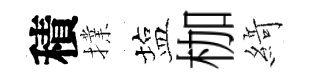
積擈塩枷𦂶